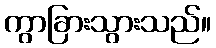
ကွာခြားသွားသည်။